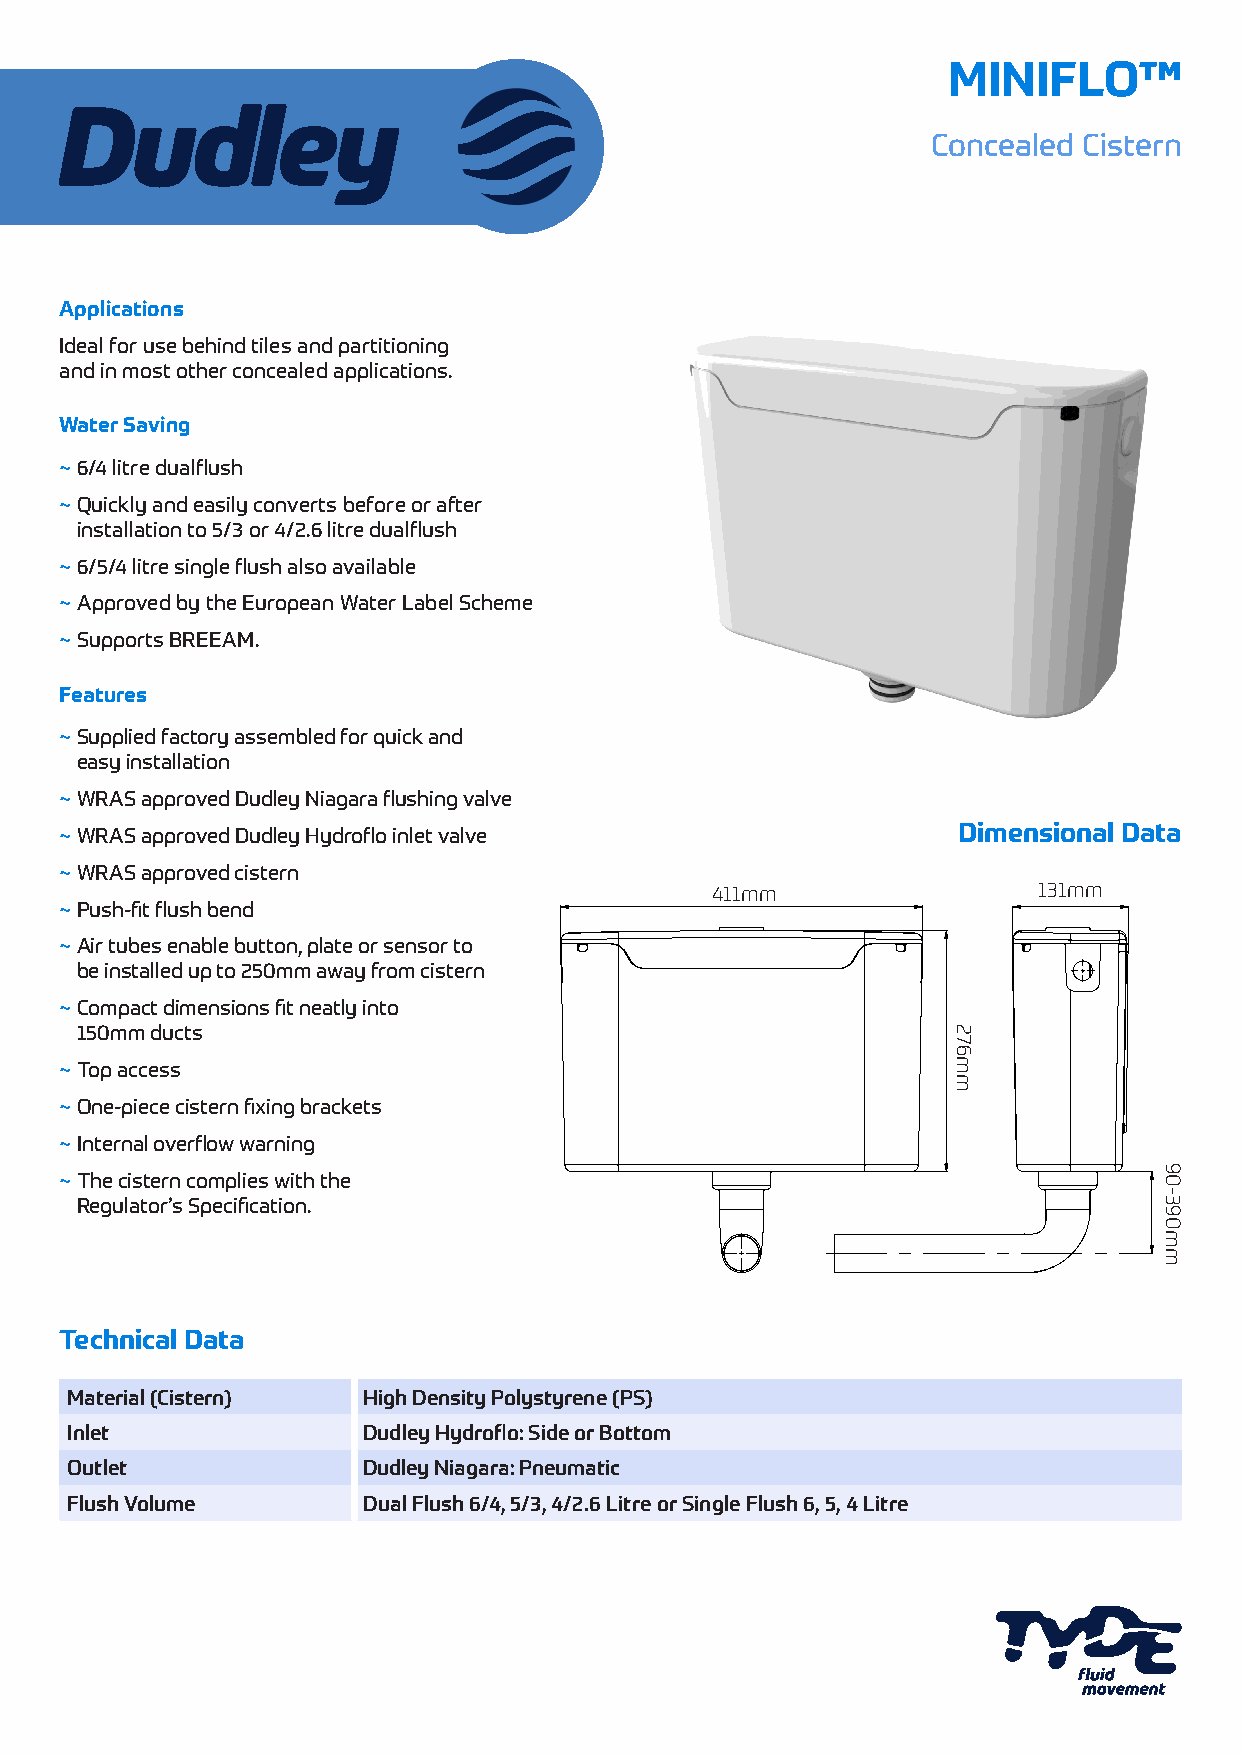
MINIFLO™
 Concealed Cistern
 Applications
 Ideal for use behind tiles and partitioning
 and in most other concealed applications.
 Water Saving
 ~ 6/4 litre dualflush
 ~ Quickly and easily converts before or after
 installation to 5/3 or 4/2.6 litre dualflush
 ~ 6/5/4 litre single flush also available
 ~ Approved by the European Water Label Scheme
 ~ Supports BREEAM.
 Features
 ~ Supplied factory assembled for quick and
 easy installation
 ~ WRAS approved Dudley Niagara flushing valve
 ~ WRAS approved Dudley Hydroflo inlet valve                Dimensional Data
 ~ WRAS approved cistern
 411mm                 131mm
 ~ Push-fit flush bend
 ~ Air tubes enable button, plate or sensor to
 be installed up to 250mm away from cistern
 ~ Compact dimensions fit neatly into
 150mm ducts
 ~ Top access
 ~ One-piece cistern fixing brackets
 ~ Internal overflow warning
 ~ The cistern complies with the
 Regulator’s Specification.
 Technical Data
 Material (Cistern)  High Density Polystyrene (PS)
 Inlet               Dudley Hydroflo: Side or Bottom
 Outlet              Dudley Niagara: Pneumatic
 Flush Volume        Dual Flush 6/4, 5/3, 4/2.6 Litre or Single Flush 6, 5, 4 Litre
 276mm
 90-390mm